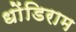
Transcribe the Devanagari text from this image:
धोंडिराम